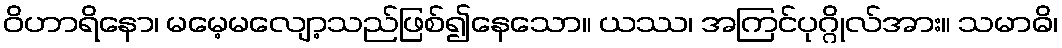
ဝိဟာရိနော၊ မမေ့မလျော့သည်ဖြစ်၍နေသော။ ယဿ၊ အကြင်ပုဂ္ဂိုလ်အား။ သမာဓိ၊